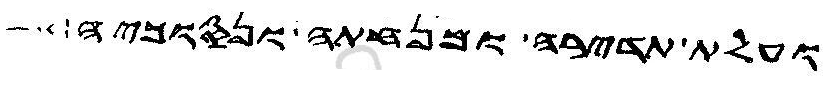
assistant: ועלת תדירה ומנחתה ונסוכיה